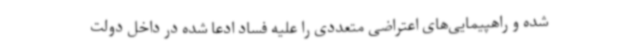
شده و راهپیمایی‌های اعتراضی متعددی را علیه فساد ادعا شده در داخل دولت